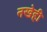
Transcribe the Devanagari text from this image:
नखेही